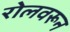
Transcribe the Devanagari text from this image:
रोलवरून